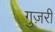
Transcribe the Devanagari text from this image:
गुज़रीं